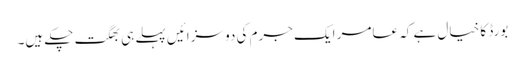
بورڈ کا خیال ہے کہ عامر ایک جرم کی دو سزائیں پہلے ہی بھگت چکے ہیں۔